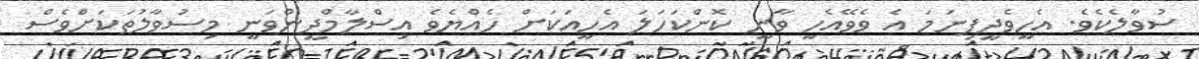
ސުވާލެކެވެ. އެހީވެދީފިނަމަ އެ ވެވޭއެހީ ވާނީ ކޮންކަހަލަ އެހީއަކަށް ހެއްޔެވެ އިސްލާމްދީންވަނީ މިސުވާލުތަކަށްވެސް